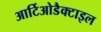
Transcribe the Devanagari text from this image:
आर्टिओडैक्टाइल